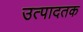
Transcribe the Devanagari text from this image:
उत्पादतक